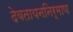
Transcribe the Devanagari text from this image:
देवतायननिर्माण